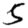
Digit: 5